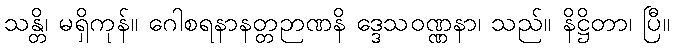
သန္တိ၊ မရှိကုန်။ ဂေါစရနာနတ္တဉာဏနိ ဒ္ဒေသဝဏ္ဏနာ၊ သည်။ နိဋ္ဌိတာ၊ ပြီ။